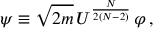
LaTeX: \psi \equiv \sqrt { 2 m } \, U ^ { \frac { N } { 2 ( N - 2 ) } } \, \varphi \, ,